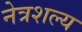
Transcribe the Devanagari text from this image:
नेत्रशल्य